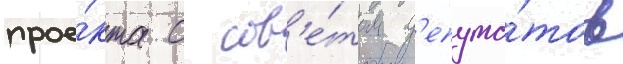
прое́кта с сов'е́том д'епута́тов